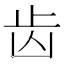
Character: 齿